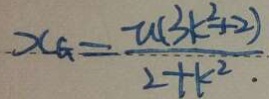
x _ { G } = \frac { u ( 3 k ^ { 2 } + 2 ) } { 2 + k ^ { 2 } \cdot }